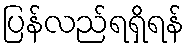
ပြန်လည်ရရှိရန်